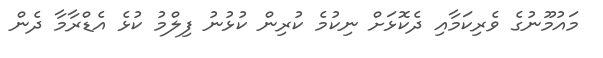
މައުމޫނުގެ ވެރިކަމާއި ދެކޮޅަށް ނިކުމެ ކުރިން ކުޅުނު ފިލްމު ކުޅެ އެޑްރާމާ ދެން